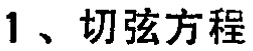
1、切弦方程